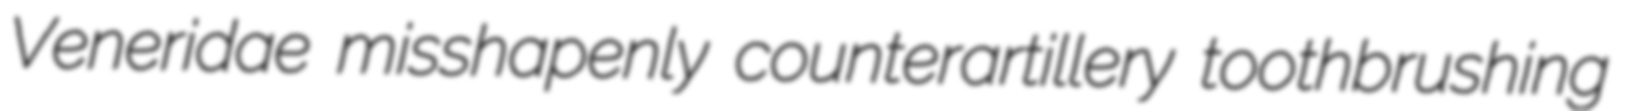
Veneridae misshapenly counterartillery toothbrushing